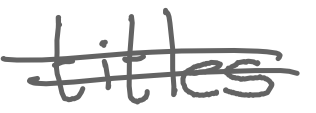
Text: titles
Cross-out: double-line
Writing tool: digital_gray